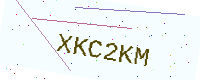
Text: XKC2KM